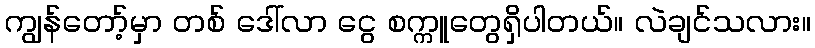
ကျွန်တော့်မှာ တစ် ဒေါ်လာ ငွေ စက္ကူတွေရှိပါတယ်။ လဲချင်သလား။